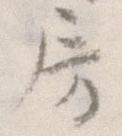
房